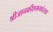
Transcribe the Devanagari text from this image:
श्रीजानकीशभगवंस्तव